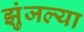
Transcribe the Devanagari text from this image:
झुंजल्या